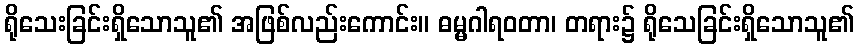
ရိုသေးခြင်းရှိသောသူ၏ အဖြစ်လည်းကောင်း။ ဓမ္မဂါရဝတာ၊ တရား၌ ရိုသေခြင်းရှိသောသူ၏